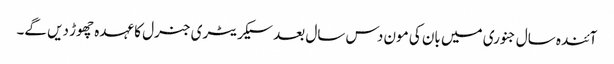
آئندہ سال جنوری میں بان کی مون دس سال بعد سیکریٹری جنرل کا عہدہ چھوڑ دیں گے۔